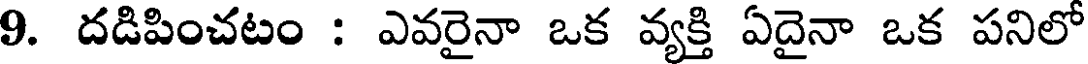
9. దడిపించటం : ఎవరైనా ఒక వ్యక్తి ఏదైనా ఒక పనిలో